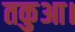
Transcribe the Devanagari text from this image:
तकुआ।